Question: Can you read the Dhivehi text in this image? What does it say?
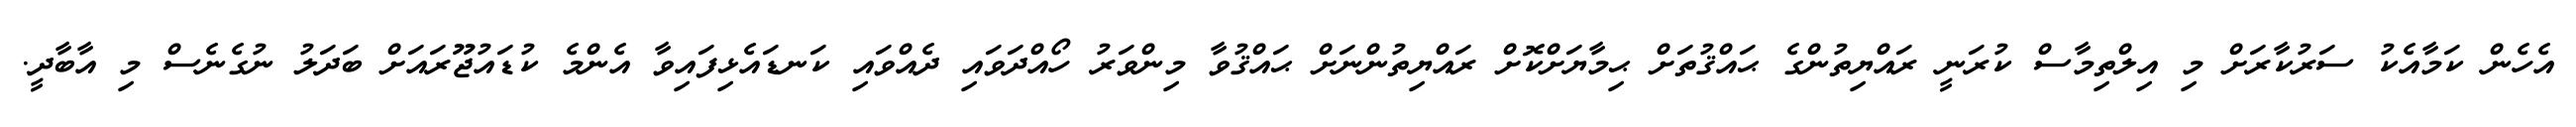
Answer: އެހެން ކަމާއެކު ސަރުކާރަށް މި އިލްތިމާސް ކުރަނީ ރައްޔިތުންގެ ޙައްޤުތަށް ޙިމާޔަށްކޮށް ރައްޔިތުންނަށް ޙައްޤުވާ މިންވަރު ހޯއްދަވައި ދެއްވައި ކަނޑައެޅިފައިވާ އެންމެ ކުޑައުޖޫރައަށް ބަދަލު ނުގެނެސް މި އާބާދީ.